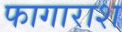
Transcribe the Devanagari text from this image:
फागाराश